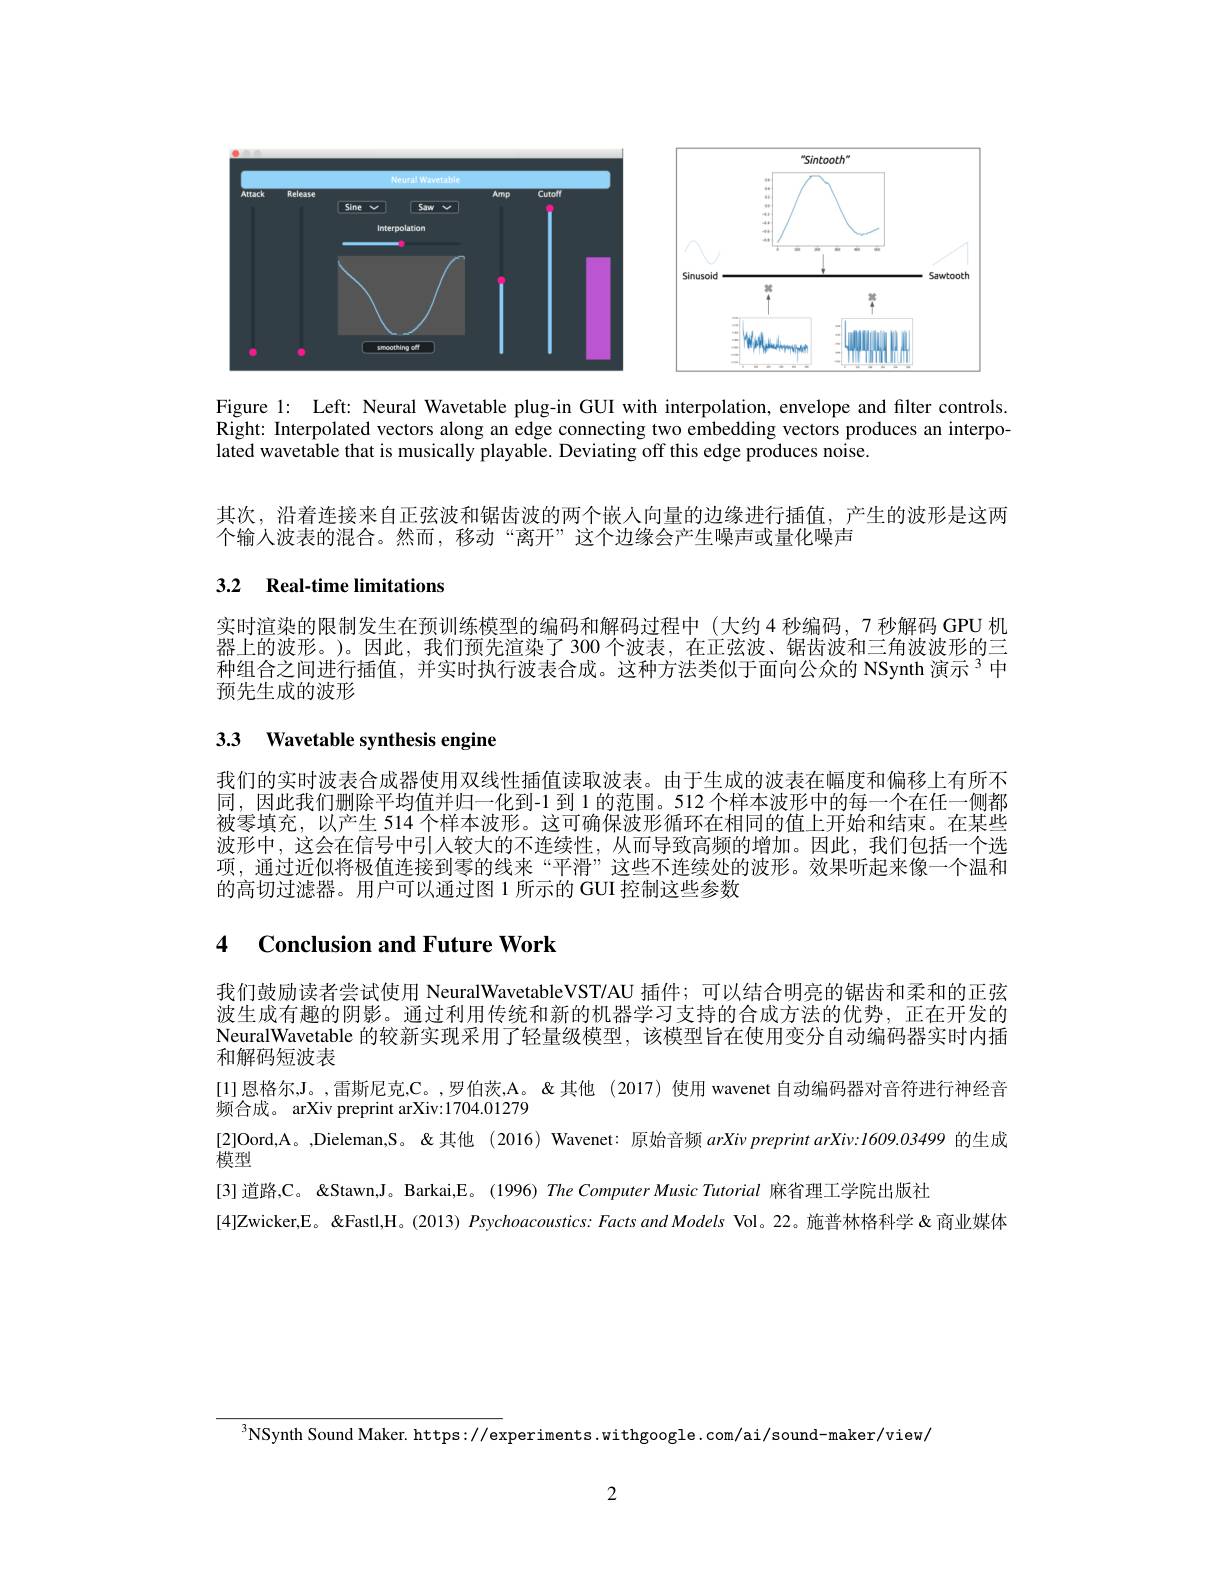
<FigureHere>

Figure 1: Left: Neural Wavetable plug-in GUI with interpolation, envelope and filter controls. Right: Interpolated vectors along an edge connecting two embedding vectors produces an interpolated wavetable that is musically playable. Deviating off this edge produces noise.

其次，沿着连接来自正弦波和锯齿波的两个嵌人向量的边缘进行插值，产生的波形是这两
个输人波表的混合。然而，移动“离开”这个边缘会产生噪声或量化噪声

## 3.2 $\textbf{Real- time limitations}$

实时渲染的限制发生在预训练模型的编码和解码过程中(大约4 秒编码，7 秒解码 GPU 机器上的波形。)。因此，我们预先渲染了 300 个波表，在正弦波、锯齿波和三角波波形的三种组合之间进行插值，并实时执行波表合成。这种方法类似于面向公众的 NSynth 演示 3 中预先生成的波形

# 3.3 Wavetable synthesis engine

我们的实时波表合成器使用双线性插值读取波表。由于生成的波表在幅度和偏移上有所不同，因此我们删除平均值并归一化到-1 到 1 的范围。512 个样本波形中的每一个在任一侧都被零填充，以产生 514 个样本波形。这可确保波形循环在相同的值上开始和结束。在某些波形中，这会在信号中引人较大的不连续性，从而导致高频的增加。因此，我们包括一个选项，通过近似将极值连接到零的线来“平滑”这些不连续处的波形。效果听起来像一个温和的高切过滤器。用户可以通过图 1 所示的 GUI 控制这些参数

# 4 Conclusion and Future Work

我们鼓励读者尝试使用 NeuralWavetableVST/AU 插件；可以结合明亮的锯齿和柔和的正弦波生成有趣的阴影。通过利用传统和新的机器学习支持的合成方法的优势，正在开发的NeuralWavetable 的较新实现采用了轻量级模型，该模型旨在使用变分自动编码器实时内插和解码短波表
[1]恩格尔，J。,雷斯尼克，C。,罗伯茨，A。 &其他 (2017) 使用 wavenet 自动编码器对音符进行神经音
频合成。 arXiv preprint arXiv:1704.01279
模型
[3] 道路，C。 " Barkai,E。 (1996) The Computer Music Tutorial 麻省理工学院出版社

$^{3}$NSynth Sound Maker. https: //experiments. withgoogle. com/ai/sound-maker/view/

2